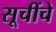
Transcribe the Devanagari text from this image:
सूचींचे